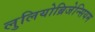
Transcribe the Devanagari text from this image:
लुलियोब्रिजेन्सियम